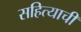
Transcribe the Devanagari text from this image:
सहित्याची